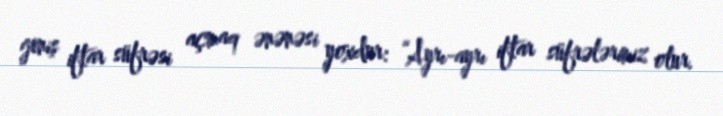
geniş iftar süfrəsi açmaq ənənəsi yoxdur: “Ayrı-ayrı iftar süfrələrimiz olur.